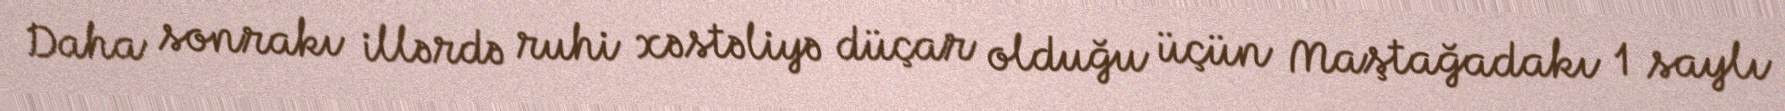
Daha sonrakı illərdə ruhi xəstəliyə düçar olduğu üçün Maştağadakı 1 saylı